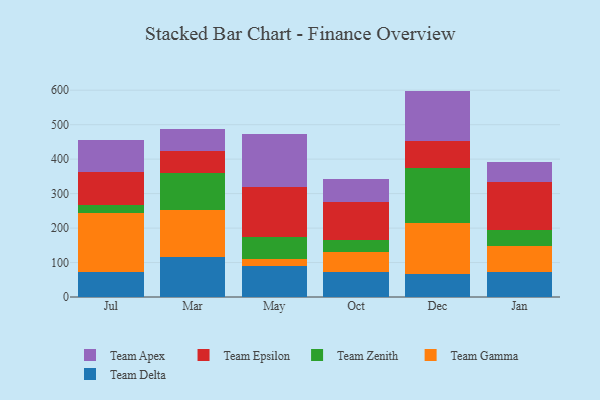
{"axis": {"x": "Month", "y": "Temperature (°C)"}, "legend": ["Team Apex", "Team Delta", "Team Epsilon", "Team Gamma", "Team Zenith"], "data": [{"x": "Jul", "y": 71.6, "type": "Team Delta"}, {"x": "Jul", "y": 171.9, "type": "Team Gamma"}, {"x": "Jul", "y": 24.8, "type": "Team Zenith"}, {"x": "Jul", "y": 95.6, "type": "Team Epsilon"}, {"x": "Jul", "y": 91.4, "type": "Team Apex"}, {"x": "Mar", "y": 114.7, "type": "Team Delta"}, {"x": "Mar", "y": 137.2, "type": "Team Gamma"}, {"x": "Mar", "y": 106.7, "type": "Team Zenith"}, {"x": "Mar", "y": 63.8, "type": "Team Epsilon"}, {"x": "Mar", "y": 65.0, "type": "Team Apex"}, {"x": "May", "y": 89.1, "type": "Team Delta"}, {"x": "May", "y": 21.8, "type": "Team Gamma"}, {"x": "May", "y": 62.5, "type": "Team Zenith"}, {"x": "May", "y": 147.1, "type": "Team Epsilon"}, {"x": "May", "y": 153.8, "type": "Team Apex"}, {"x": "Oct", "y": 71.9, "type": "Team Delta"}, {"x": "Oct", "y": 58.7, "type": "Team Gamma"}, {"x": "Oct", "y": 35.8, "type": "Team Zenith"}, {"x": "Oct", "y": 110.4, "type": "Team Epsilon"}, {"x": "Oct", "y": 66.9, "type": "Team Apex"}, {"x": "Dec", "y": 67.7, "type": "Team Delta"}, {"x": "Dec", "y": 146.6, "type": "Team Gamma"}, {"x": "Dec", "y": 161.1, "type": "Team Zenith"}, {"x": "Dec", "y": 77.8, "type": "Team Epsilon"}, {"x": "Dec", "y": 145.0, "type": "Team Apex"}, {"x": "Jan", "y": 72.4, "type": "Team Delta"}, {"x": "Jan", "y": 76.9, "type": "Team Gamma"}, {"x": "Jan", "y": 45.4, "type": "Team Zenith"}, {"x": "Jan", "y": 140.4, "type": "Team Epsilon"}, {"x": "Jan", "y": 56.6, "type": "Team Apex"}]}